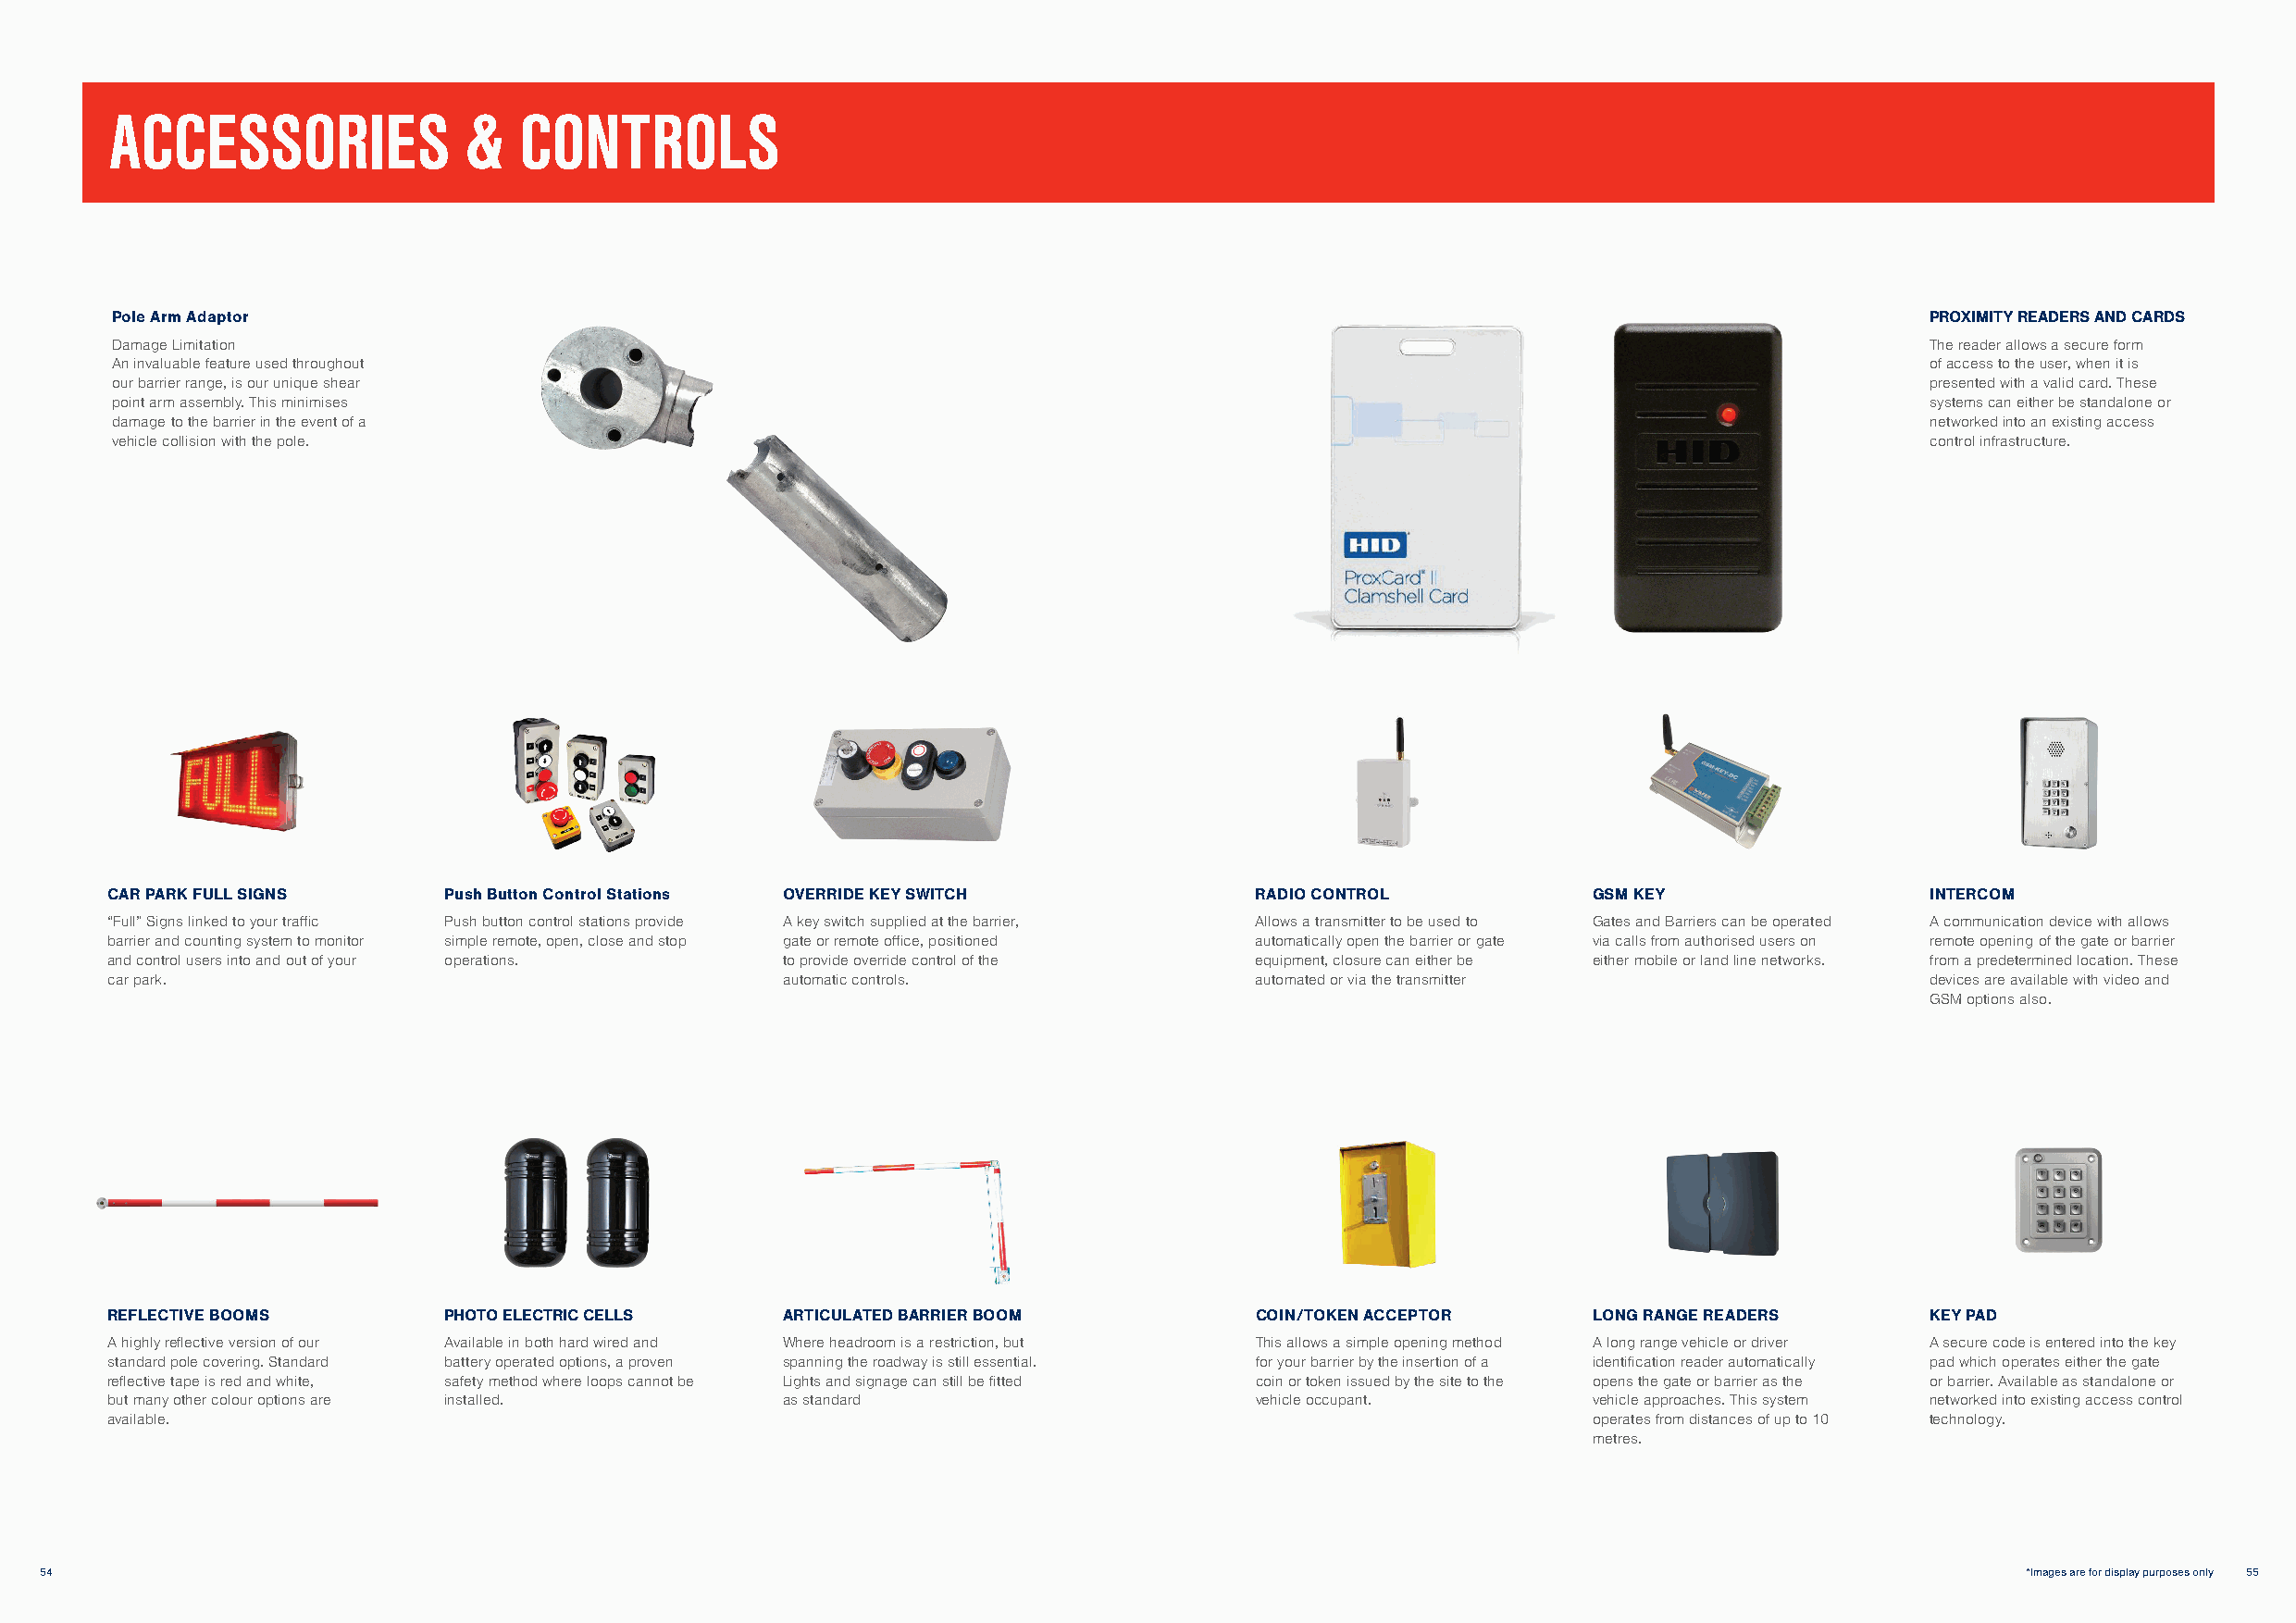
ACCESSORIES              &   CONTROLS
 Pole Arm Adaptor                                                                                                                  PROXIMITY READERS AND CARDS
 Damage Limitation                                                                                                                 The reader allows a secure form
 An invaluable feature used throughout                                                                                             of access to the user, when it is
 our barrier range, is our unique shear                                                                                            presented with a valid card. These
 point arm assembly. This minimises                                                                                                systems can either be standalone or
 damage to the barrier in the event of a                                                                                           networked into an existing access
 vehicle collision with the pole.                                                                                                  control infrastructure.
 CAR PARK FULL SIGNS     Push Button Control Stations OVERRIDE KEY SWITCH          RADIO CONTROL           GSM KEY                 INTERCOM
 “Full” Signs linked to your traffic Push button control stations provide A key switch supplied at the barrier, Allows a transmitter to be used to Gates and Barriers can be operated A communication device with allows
 barrier and counting system to monitor simple remote, open, close and stop gate or remote office, positioned automatically open the barrier or gate via calls from authorised users on remote opening of the gate or barrier
 and control users into and out of your operations. to provide override control of the equipment, closure can either be either mobile or land line networks. from a predetermined location. These
 car park.                                       automatic controls.               automated or via the transmitter                devices are available with video and
 GSM options also.
 REFLECTIVE BOOMS        PHOTO ELECTRIC CELLS    ARTICULATED BARRIER BOOM          COIN/TOKEN ACCEPTOR     LONG RANGE READERS      KEY PAD
 A highly reflective version of our Available in both hard wired and Where headroom is a restriction, but This allows a simple opening method A long range vehicle or driver A secure code is entered into the key
 standard pole covering. Standard battery operated options, a proven spanning the roadway is still essential. for your barrier by the insertion of a identification reader automatically pad which operates either the gate
 reflective tape is red and white, safety method where loops cannot be Lights and signage can still be fitted coin or token issued by the site to the opens the gate or barrier as the or barrier. Available as standalone or
 but many other colour options are installed.    as standard                       vehicle occupant.       vehicle approaches. This system networked into existing access control
 available.                                                                                                operates from distances of up to 10 technology.
 metres.
 54                                                                                                                                            *Images are for display purposes only 55